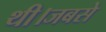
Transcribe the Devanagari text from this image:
थी।जबसे